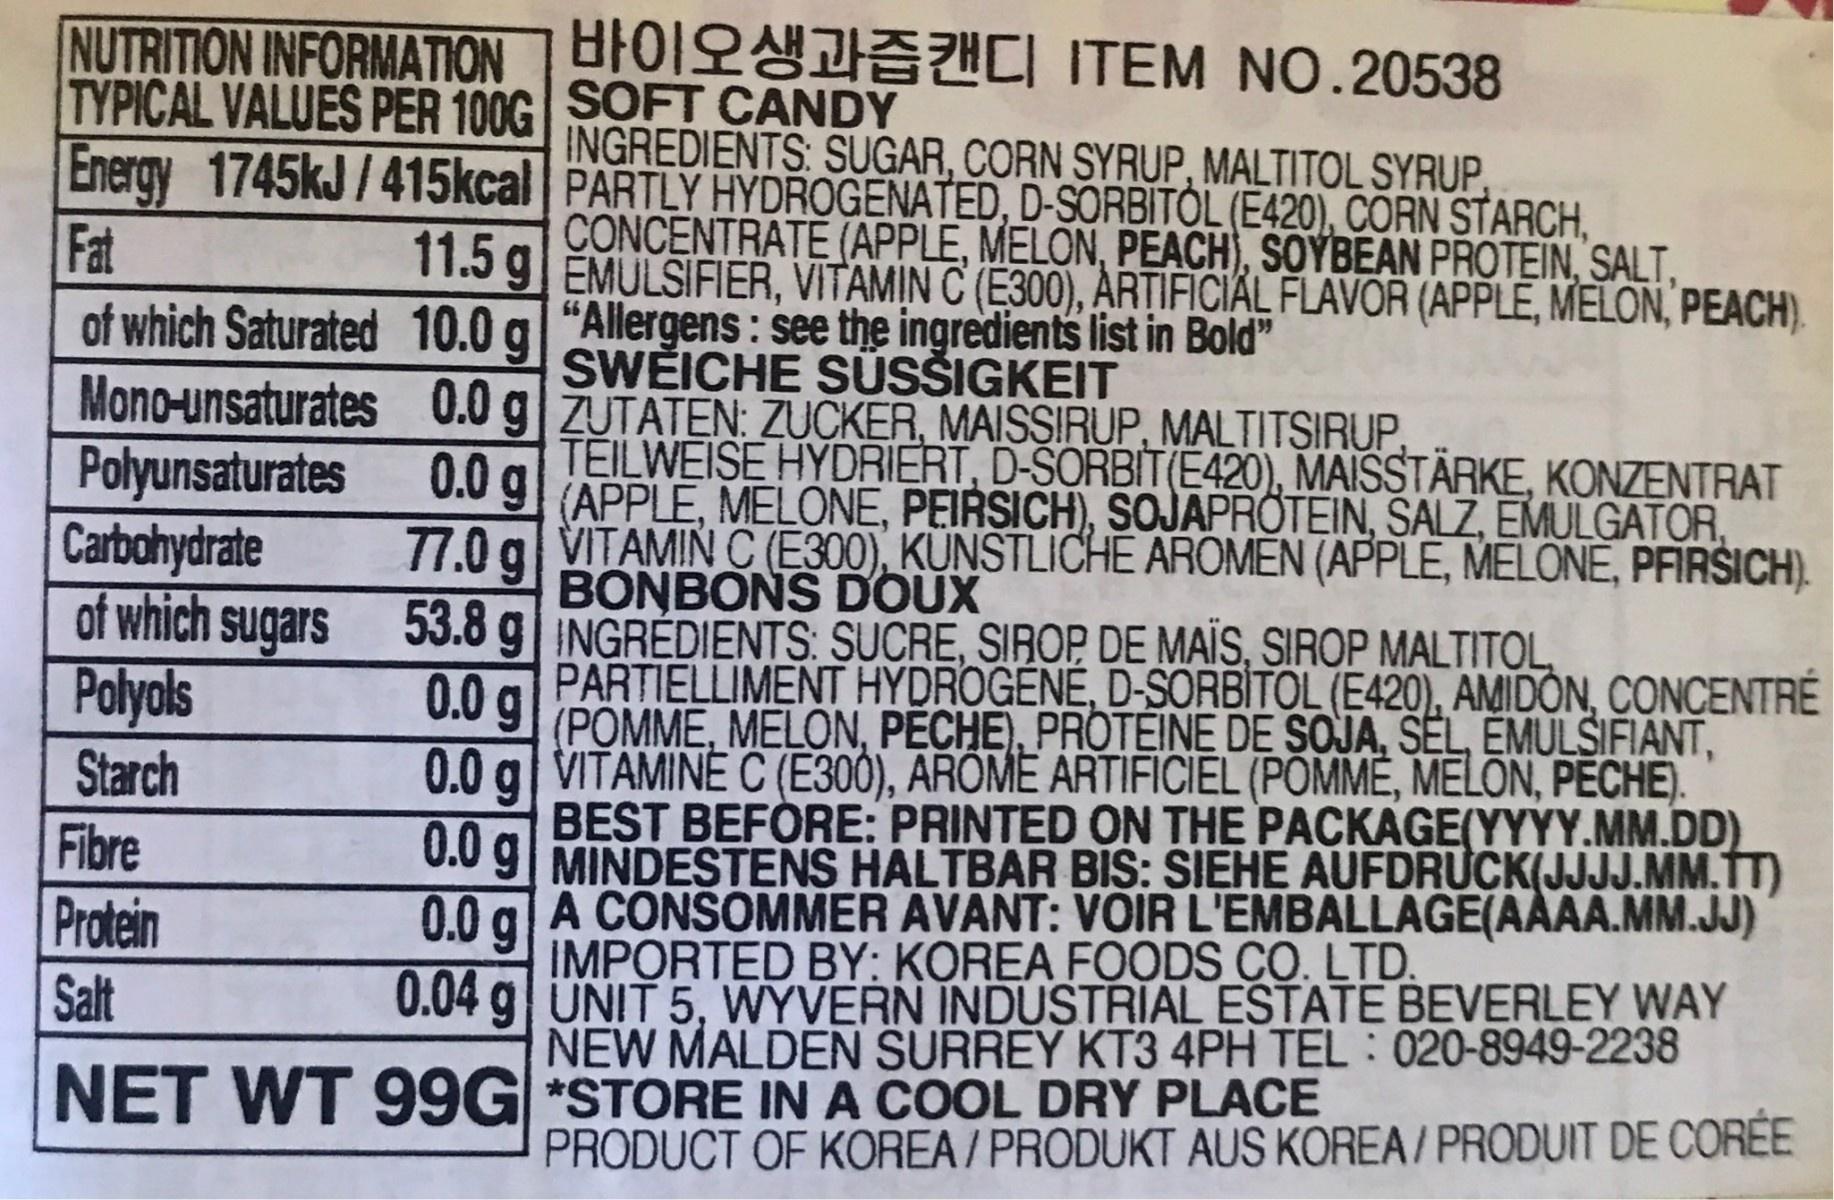
NUTRITION INFORMATION HIOI ITEM N0.20538 TYPICAL VALUES PER 100GINGREDIENTS, SUGAR, CORN SYRUP, MALTITOL SYRUP Energy 1745kJ/415kcal PARTLY HYDROGENATED, D-SORBITOL (E420), CORN STARCH, Fat CONCENTRATE (APPLE, MELON, PEACH), SOYBEAN PROTEIN, SALT, 11.5 g EMULSIFIER, VITAMIN C (E300), ARTIFICIAL FLAVOR (APPLE, MELON, PEACH). of which Saturated 10.0 g| "Allergens : see the ingredients list in Bold" Mono-unsaturates 0.0 g ZUTATEN: ZUCKER, MAISSIRUP MALTITSIRUP Polyunsaturates Carbohydrate of which sugars Polyols Starch Fibre Protein 66 SWEICHE SUSSIGKEIT TEILWEISE HYDRIERT, D-SORBIT(E420), MAISSTÄRKE, KONZENTRAT 0.0 9 (APPLE, MELONE, PEIRSICH), SOJAPROTEIN, SALZ, EMULGATOR, 77.0 g| VITAMINC(E300), KUNSTLICHE AROMEN (APPLE, MELONE, PFIRŠICH). BONBONS DOUX 53.8 g INGRÉDIENTS: SUCRE, SIROP DE MAIS, SIROP MALTITOL PARTIELLIMENT HYDROGENÉ, D-SORBITOL (E420), AMIDON, CONCENTRÉ (POMME, MELON, PECHE), PROTEINE DE SOJA, SEL, EMULSIFIANT, 0.0 g 0.0 g| VITAMINĖ C (E300), AROME ARTIFICIEL (POMMÉ, MELON, PECHE). BEST BEFORE: PRINTED ON THE PACKAGE(YYYY.MM.DD) 0.0 9 MINDESTENS HALTBAR BIS: SIEHE AUFDRUCK(JJJJ.MM.TT) A CONSOMMER AVANT: VOIR L'EMBALLAGE(AÀAA.MM.JJ) 0.0 g IMPORTED BY: KOREA FOODS CO. LTD. 0.04 g| UNIT 5, WYVERN INDUSTRIAL ESTATE BEVERLEY WAY NEW MALDEN SURREY KT3 4PH TEL : 020-8949-2238 Salt NET WT 99G *STORE IN A COOL DRY PLACE PRODUCT OF KOREA / PRODUKT AUS KOREA / PRODUIT DE CORÉE